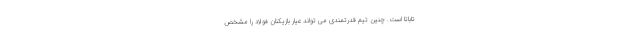
تاباتا است. چنین تیم قدرتمندی می تواند عیار بازیکنان فولاد را مشخص